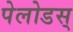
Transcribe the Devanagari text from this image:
पेलोडस्